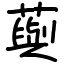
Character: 藇